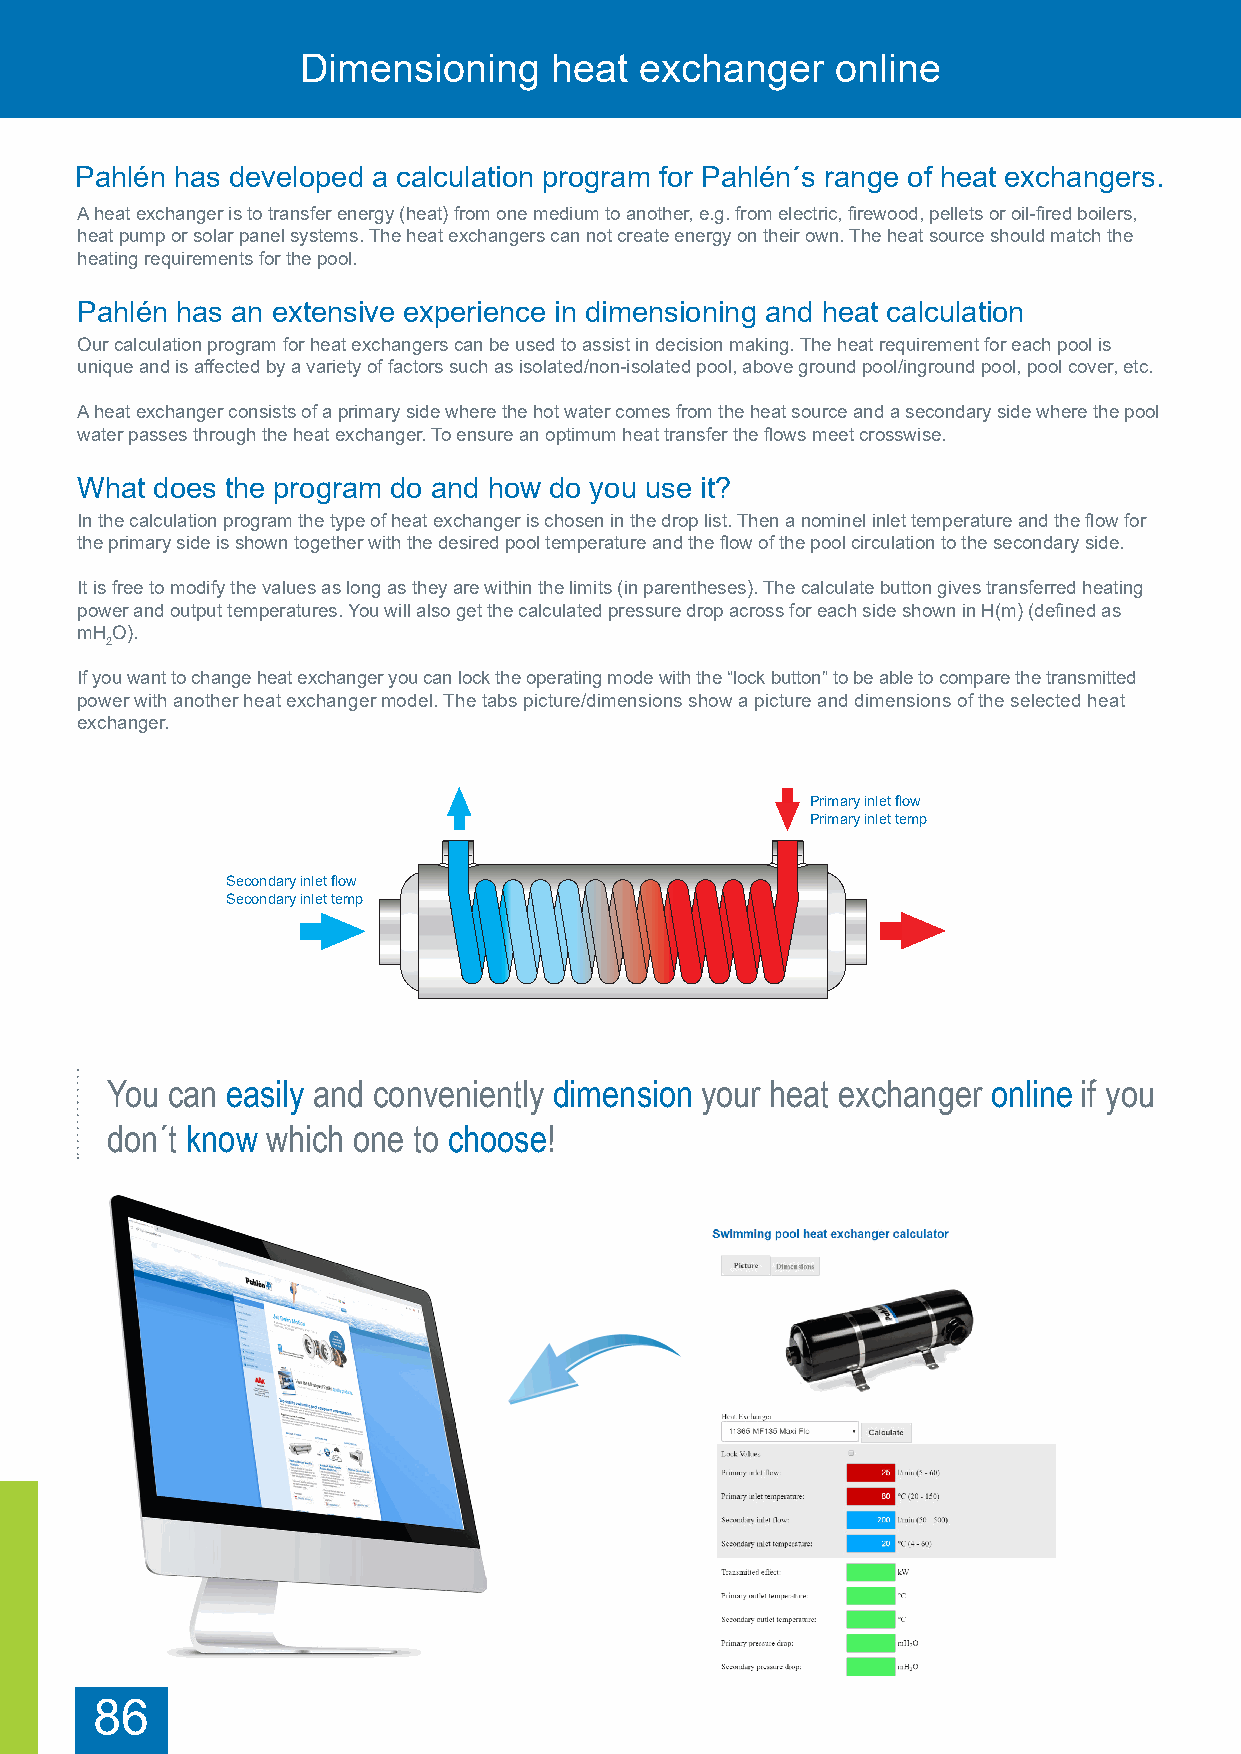
Dimensioning    heat  exchanger    online
 Pahlén has developed a calculation program for Pahlén´s range of heat exchangers.
 A heat exchanger is to transfer energy (heat) from one medium to another, e.g. from electric, firewood, pellets or oil-fired boilers,
 heat pump or solar panel systems. The heat exchangers can not create energy on their own. The heat source should match the
 heating requirements for the pool.
 Pahlén has an extensive experience in dimensioning and heat calculation
 Our calculation program for heat exchangers can be used to assist in decision making. The heat requirement for each pool is
 unique and is affected by a variety of factors such as isolated/non-isolated pool, above ground pool/inground pool, pool cover, etc.
 A heat exchanger consists of a primary side where the hot water comes from the heat source and a secondary side where the pool
 water passes through the heat exchanger. To ensure an optimum heat transfer the flows meet crosswise.
 What does the program do and how do you use it?
 In the calculation program the type of heat exchanger is chosen in the drop list. Then a nominel inlet temperature and the flow for
 the primary side is shown together with the desired pool temperature and the flow of the pool circulation to the secondary side.
 It is free to modify the values a s long as they are within the limits (in parentheses). The calculate button gives transferred heating
 power and output temperatures. You will also get the calculated pressure drop across for each side shown in H(m) (defined as
 mHO).
 2
 If you want to change heat exchanger you can lock the operating mode with the “lock button” to be able to compare the transmitted
 power with another heat exchanger model. The tabs picture/dimensions show a picture and dimensions of the selected heat
 exchanger.
 Primary inlet flow
 Primary inlet temp
 Secondary inlet flow
 Secondary inlet temp
 You can easily and conveniently dimension your heat exchanger online if you
 don´t know which one to choose!
 86